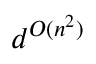
d ^ { O ( n ^ { 2 } ) }